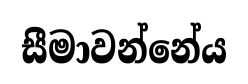
සීමාවන්නේය